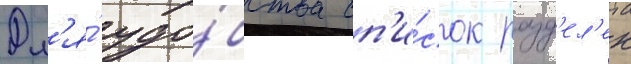
Дл'я́ удо́бства сп'и́сок разд'ел'ен